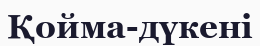
Қойма-дүкені